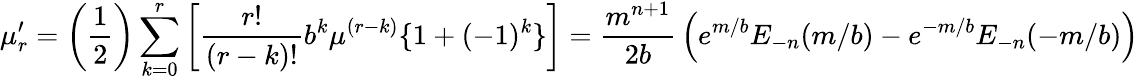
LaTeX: \mu_{r}^{\prime}={\bigg(}{\frac{1}{2}}{\bigg)}\sum_{k=0}^{r}{\bigg[}{\frac{r!}{(r-k)!}}b^{k}\mu^{(r-k)}\{ 1+(-1)^{k}\} {\bigg]}={\frac{m^{n+1}}{2b}}\left(e^{m/b}E_{-n}(m/b)-e^{-m/b}E_{-n}(-m/b)\right)